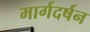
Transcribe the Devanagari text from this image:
मार्गदर्षन